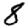
Digit: 8